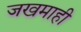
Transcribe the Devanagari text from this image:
जखमाही